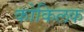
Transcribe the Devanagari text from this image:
कोकिलक